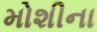
મોશીના